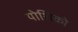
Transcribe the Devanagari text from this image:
योशिको